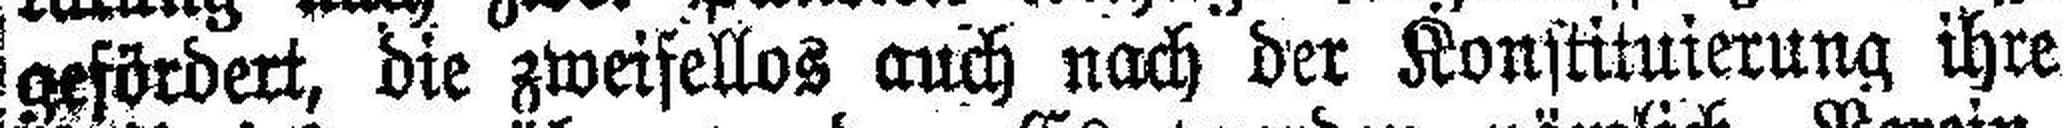
gefördert, die zweifellos auch nach der Konstituierung ihre